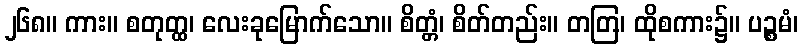
၂၆၈။ ကား။ စတုတ္ထ၊ လေးခုမြောက်သော။ စိတ္တံ၊ စိတ်တည်း။ တတြ၊ ထိုစကား၌။ ပဉ္စမံ၊